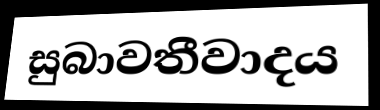
සුබාවතීවාදය